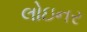
લોઇનર